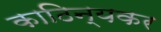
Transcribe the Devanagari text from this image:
काठिन्यकर